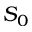
S _ { 0 }